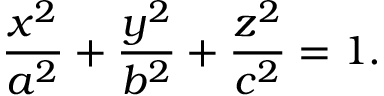
{ \frac { x ^ { 2 } } { a ^ { 2 } } } + { \frac { y ^ { 2 } } { b ^ { 2 } } } + { \frac { z ^ { 2 } } { c ^ { 2 } } } = 1 .